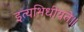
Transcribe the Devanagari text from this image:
इत्यभिधीयते॥